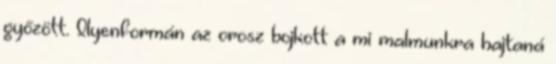
győzött. Ilyenformán az orosz bojkott a mi malmunkra hajtaná